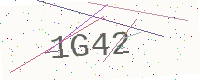
Text: 1G42